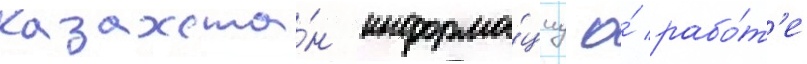
казахста́н информа́циу о́ рабо́т'е